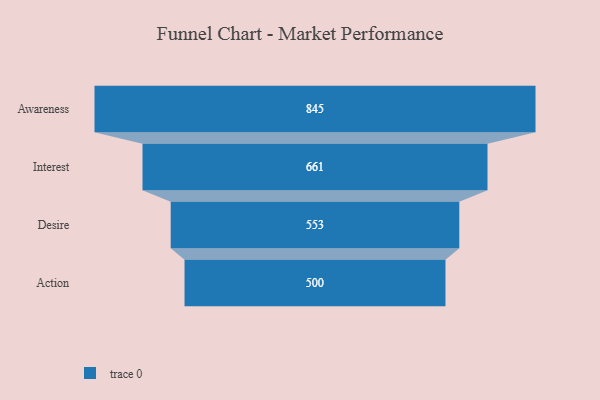
{"axis": {"x": "Stage", "y": "Value"}, "legend": [""], "data": [{"x": "Awareness", "y": 845.0, "type": ""}, {"x": "Interest", "y": 661.0, "type": ""}, {"x": "Desire", "y": 553.0, "type": ""}, {"x": "Action", "y": 500, "type": ""}]}